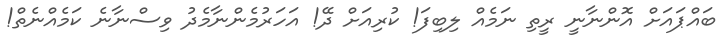
ބައްޕައަށް އޮންނާނީ ރީތި ނަމެއް ލިބިފަ! ކުރިއަށް ދޭ! އަހަރުމެންނާމެދު ވިސްނާނެ ކަމެއްނެތް!